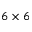
6 \times 6